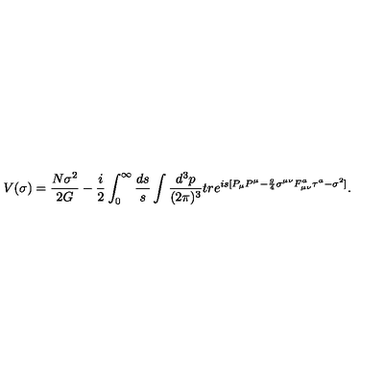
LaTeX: V ( \sigma ) = \frac { N \sigma ^ { 2 } } { 2 G } - { \frac { i } { 2 } } \int _ { 0 } ^ { \infty } \frac { d s } { s } \int \frac { d ^ { 3 } p } { ( 2 \pi ) ^ { 3 } } t r e ^ { i s [ P _ { \mu } P ^ { \mu } - { \frac { g } { 4 } } \sigma ^ { \mu \nu } F _ { \mu \nu } ^ { a } \tau ^ { a } - \sigma ^ { 2 } ] } .